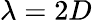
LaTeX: \lambda=2D